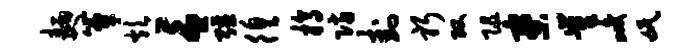
面簟炊言强徨槁防卦躬攻阻寮崔峻氓